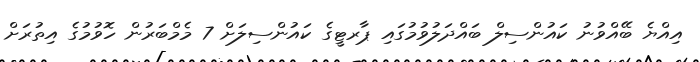
އިއްޔެ ބޭއްވުނު ކައުންސިލް ބައްދަލުވުމުގައި ޕާރޓީގެ ކައުންސިލަށް 7 މެމްބަރުން ހޮވުމުގެ އިތުރަށް